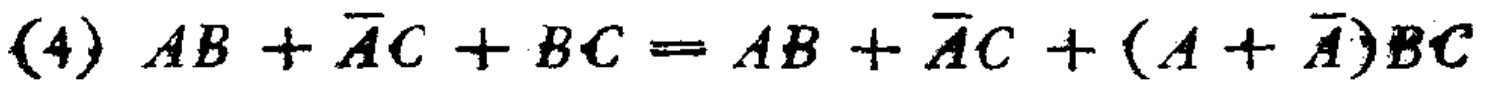
(4) \(AB + \overline{A}C + BC = AB + \overline{A}C + (A + \overline{A})BC\)